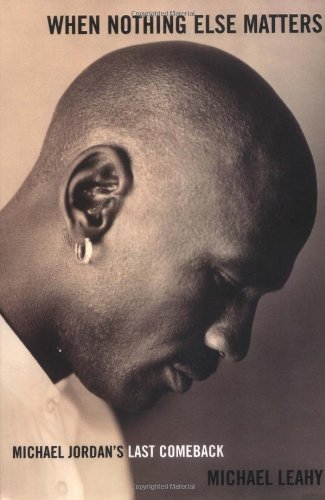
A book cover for When Nothing Else Matters: Michael Jordan's Last Comeback; Michael Leahy; Sports & Outdoors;